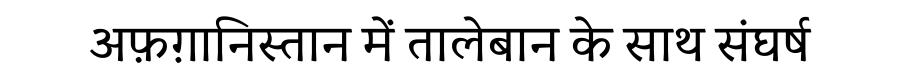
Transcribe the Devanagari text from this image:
अफ़ग़ानिस्तान में तालेबान के साथ संघर्ष